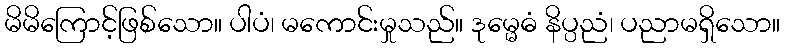
မိမိကြောင့်ဖြစ်သော။ ပါပံ၊ မကောင်းမှုသည်။ ဒုမ္မေဓံ နိပ္ပညံ၊ ပညာမရှိသော။